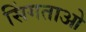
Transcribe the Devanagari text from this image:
सिंगताओ